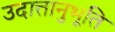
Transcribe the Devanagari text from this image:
उदात्तानुभूति